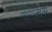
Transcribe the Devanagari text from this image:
परिपक्वतर